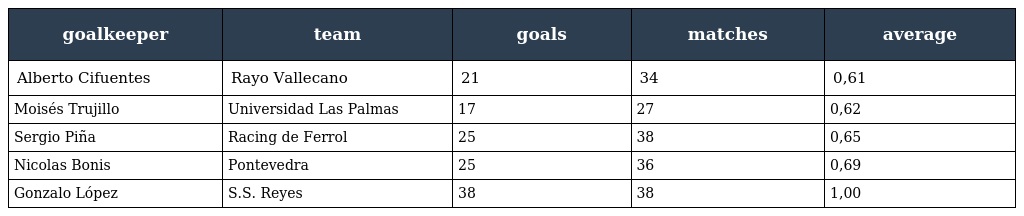
| goalkeeper | team | goals | matches | average |
 | --- | --- | --- | --- | --- |
 | Alberto Cifuentes | Rayo Vallecano | 21 | 34 | 0,61 |
 | Moisés Trujillo | Universidad Las Palmas | 17 | 27 | 0,62 |
 | Sergio Piña | Racing de Ferrol | 25 | 38 | 0,65 |
 | Nicolas Bonis | Pontevedra | 25 | 36 | 0,69 |
 | Gonzalo López | S.S. Reyes | 38 | 38 | 1,00 |